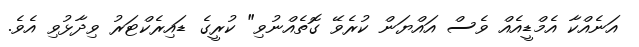
އަނެއްކާ އެމްޑީއެއް ވެސް އައްޔަން ކުރެވޭ ގޮތެއްނުވި" ކުރީގެ ޑައިރެކްޓަރު ވިދާޅުވި އެވެ.